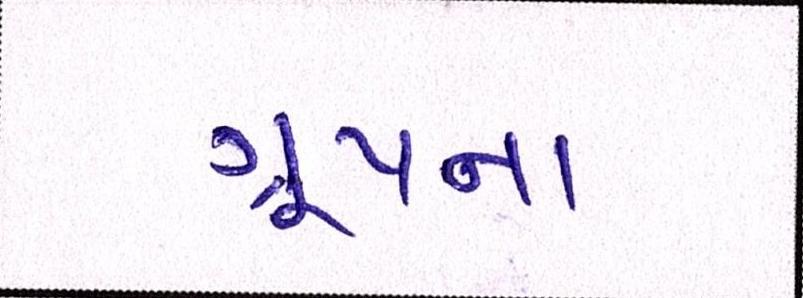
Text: ગ્રૂપના